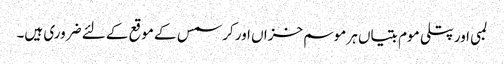
لمبی اور پتلی موم بتیاں ہر موسم خزاں اور کرسمس کے موقع کے لئے ضروری ہیں۔